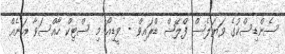
ސެންޑިސްކުގެ ވަޔަލެސް ފްލޭޝް ޑްރައިވް - ވީޑިއޯ މި ސްޓިކް ހާއްސަވާ އަނެއް